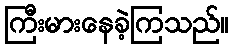
ကြီးမားနေခဲ့ကြသည်။